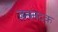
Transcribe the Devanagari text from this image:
जननदक